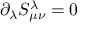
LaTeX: { \partial } _ { \lambda } S _ { { \mu } { \nu } } ^ { \lambda } = 0